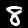
Label: 8